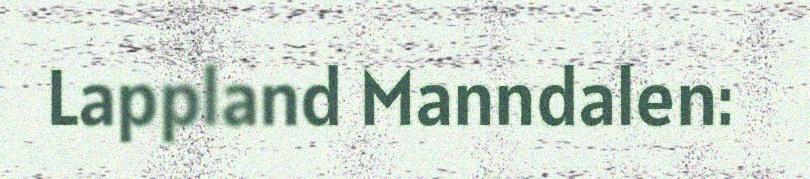
Lappland Manndalen: